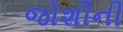
જોશીની